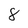
Character: 8